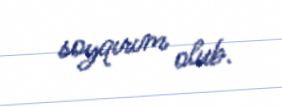
soyqırım olub.